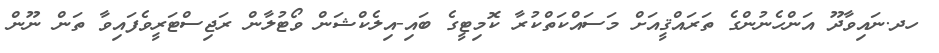
ހދ.ނައިވާދޫ އަންހެނުންގެ ތަރައްޤީއަށް މަސައްކަތްކުރާ ކޮމިޓީގެ ބައި-އިލެކްޝަން ވޯޓުލާން ރަޖިސްޓަރީވެފައިވާ ތަން ނޫން